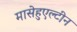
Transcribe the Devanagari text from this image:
मासेहुएल्टीन